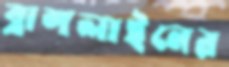
ব্রাশলাইনের